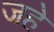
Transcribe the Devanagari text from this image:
जहे